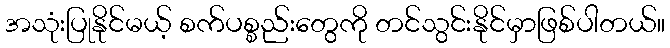
အသုံးပြုနိုင်မယ့် စက်ပစ္စည်းတွေကို တင်သွင်းနိုင်မှာဖြစ်ပါတယ်။